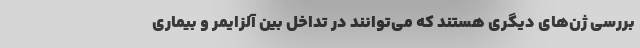
بررسی ژن‌های دیگری هستند که می‌توانند در تداخل بین آلزایمر و بیماری